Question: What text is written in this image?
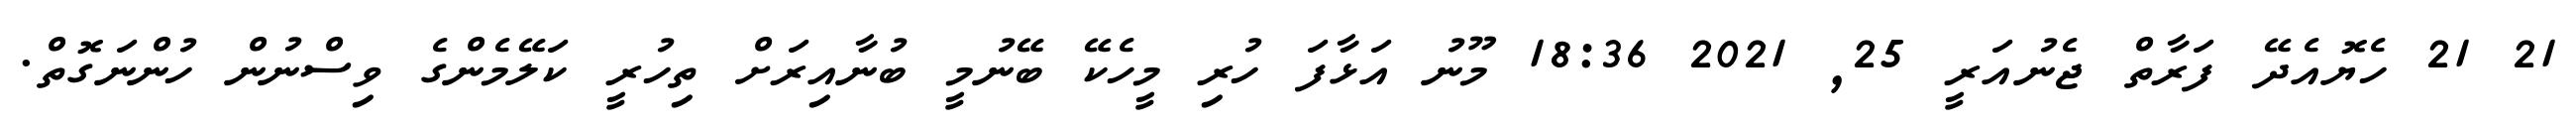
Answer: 21 21 ހެޔޮއެދޭ ފަރާތް ޖެނުއަރީ 25, 2021 18:36 މޫނު އަޅާފަ ހުރި މީހެކޭ ބޭނުމީ ބުނާއިރަށް ތިހުރީ ކަލޭމެންގެ ވިސްނުން ހުންނަގޮތް.